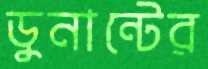
ডুনান্টের